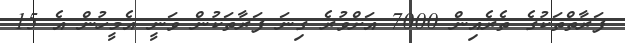
ފަރާތްތަކުގެ ތެރެއިން 7000 އަށްވުރެ ގިނަ ފަރާތަކުން ވަނީ އެމީހުން އެ 15